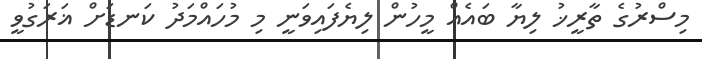
މިސްރުގެ ތާރީޚު ލިޔާ ބައެއް މީހުން ލިޔެފައިވަނީ މި މުހައްމަދު ކަނޑަށް ޣަރަގުވީ